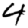
Digit: 4